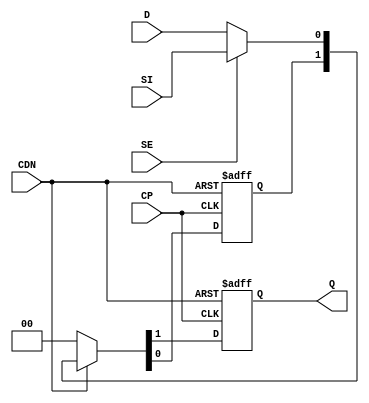
// This program was cloned from: https://github.com/chipsalliance/aib-phy-hardware
// License: Apache License 2.0

// SPDX-License-Identifier: Apache-2.0
// Copyright (C) 2019 Intel Corporation. 
module aibcr3_sync_2ff (CDN, CP, D, SE, SI, Q);
    input CDN, CP, D, SE, SI;
    output reg Q;
    wire data;
    reg flop_0;

        assign data = SE ?  SI : D ; 
	
	always @(posedge CP or negedge CDN)
		if (!CDN) {Q,flop_0} <= 0;
		else if (CDN) {Q,flop_0} <= {flop_0,data};
		else {Q,flop_0} <= 0;
endmodule